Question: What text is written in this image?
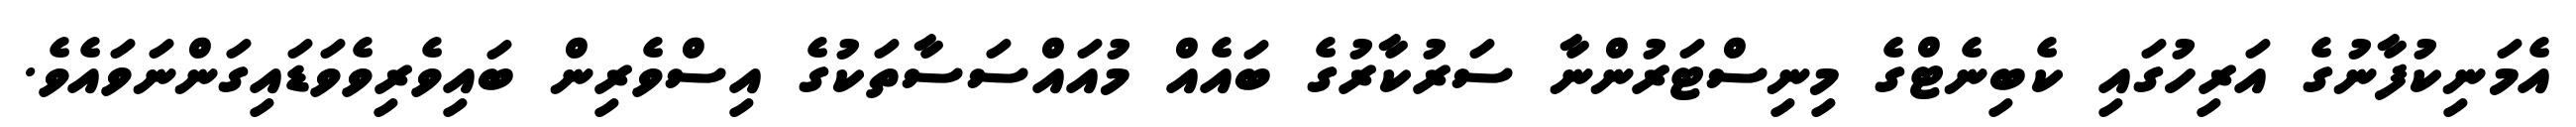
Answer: އެމަނިކުފާނުގެ އަރިހުގައި ކެބިނެޓްގެ މިނިސްޓަރުންނާ ސަރުކާރުގެ ބައެއް މުއައްސަސާތަކުގެ އިސްވެރިން ބައިވެރިވެވަޑައިގަންނަވައެވެ.